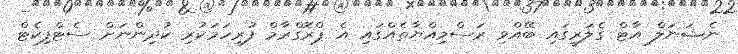
ނެޝަނަލް އާޓް ގެލަރީގައި ބޭއްވި ރަސްމިއްޔާތެއްގައި އެ ޕްރޮގްރާމް ފުރިހަމަކުރި ކުދިންނަށް ސެޓްފިކެޓް